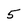
Character: 5